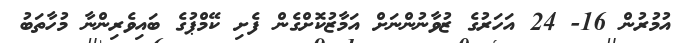
އުމުރުން 16- 24 އަހަރުގެ ޒުވާނުންނަށް އަމާޒުކޮށްގެން ފެށި ކޭމްޕުގެ ބައިވެރިންނާ މުހާތަބު